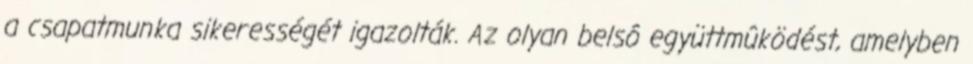
a csapatmunka sikerességét igazolták. Az olyan belsô együttmûködést, amelyben